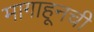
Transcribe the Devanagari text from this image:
मागाहूनची